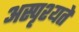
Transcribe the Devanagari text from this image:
अस्पृश्यते